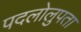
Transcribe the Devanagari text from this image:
पदलोलुपता